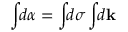
\int \! \! d \alpha = \int \! \! d \sigma \int \! \! d \mathbf { k }